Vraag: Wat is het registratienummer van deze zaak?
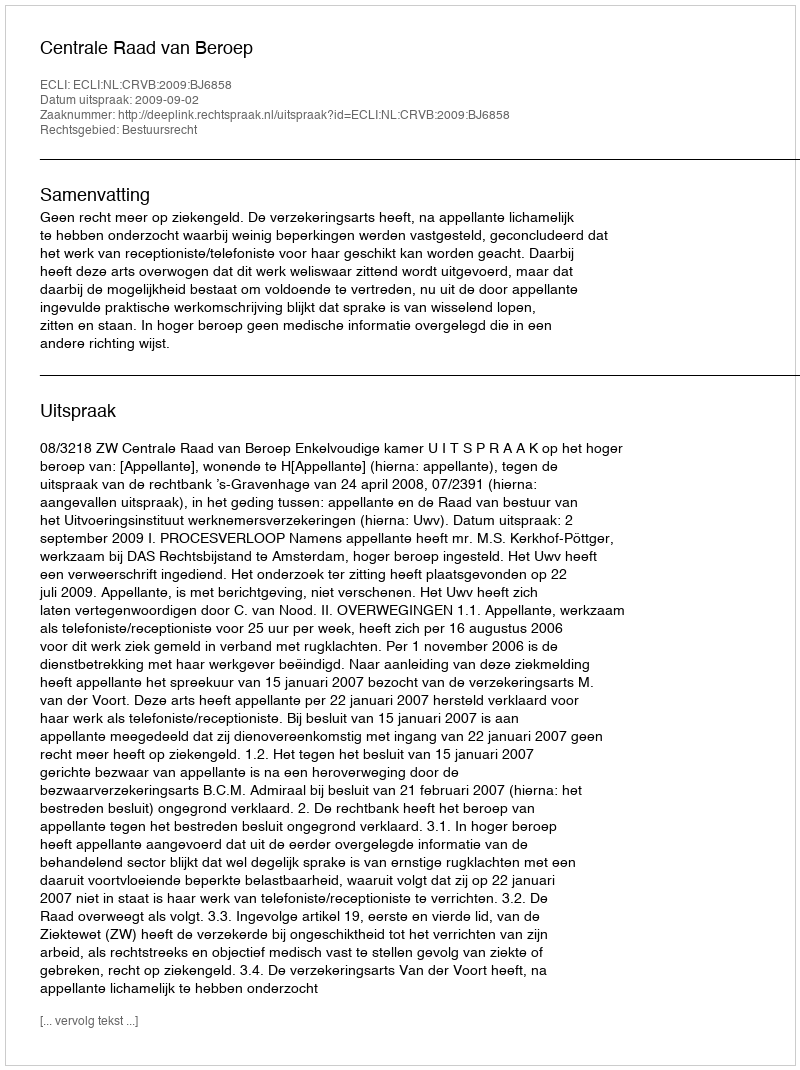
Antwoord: http://deeplink.rechtspraak.nl/uitspraak?id=ECLI:NL:CRVB:2009:BJ6858